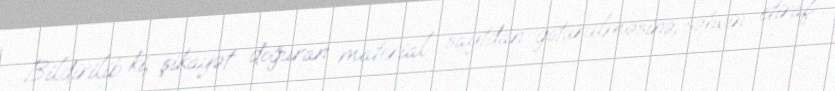
Bildirilib ki, şikayət doğuran material saytdan götürülməsinə, səhvin etiraf